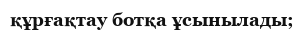
құрғақтау ботқа ұсынылады;